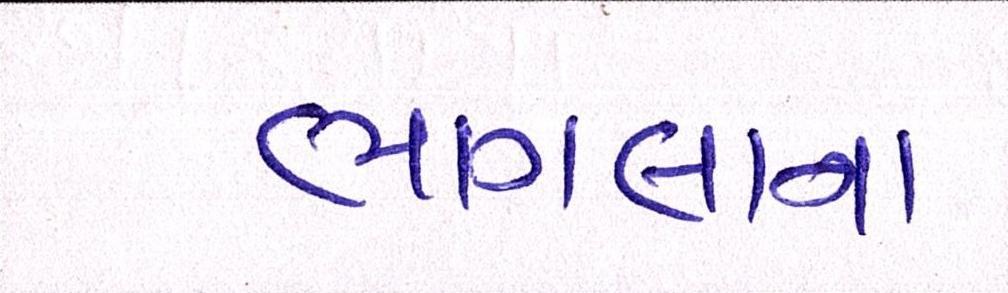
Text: ભાગલાના